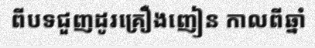
ពីបទជួញដូរគ្រឿងញៀន កាលពីឆ្នាំ